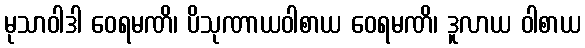
မုသာဝါဒါ ဝေရမဏိ၊ ပိသုဏာယဝါစာယ ဝေရမဏိ၊ ဒူလာယ ဝါစာယ